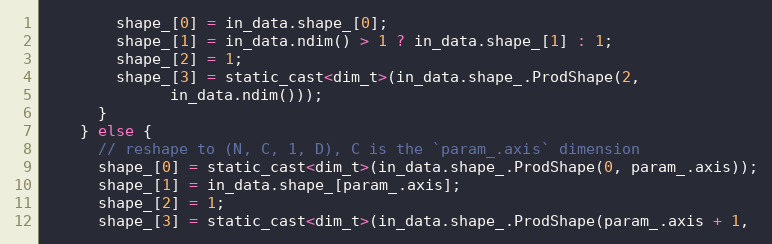
Language: C
        shape_[0] = in_data.shape_[0];
        shape_[1] = in_data.ndim() > 1 ? in_data.shape_[1] : 1;
        shape_[2] = 1;
        shape_[3] = static_cast<dim_t>(in_data.shape_.ProdShape(2,
              in_data.ndim()));
      }
    } else {
      // reshape to (N, C, 1, D), C is the `param_.axis` dimension
      shape_[0] = static_cast<dim_t>(in_data.shape_.ProdShape(0, param_.axis));
      shape_[1] = in_data.shape_[param_.axis];
      shape_[2] = 1;
      shape_[3] = static_cast<dim_t>(in_data.shape_.ProdShape(param_.axis + 1,